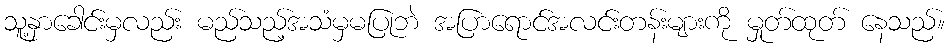
သူ့နှာခေါင်းမှလည်း မည်သည့်အသံမှမပြုဘဲ အပြာရောင်အလင်းတန်းများကို မှုတ်ထုတ် နေသည်။